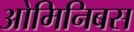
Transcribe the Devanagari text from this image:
ओमिनिबस